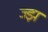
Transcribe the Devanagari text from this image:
ज्झ